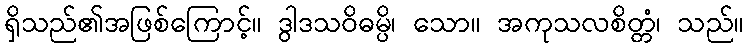
ရှိသည်၏အဖြစ်ကြောင့်။ ဒွါဒသဝိဓမ္ပိ၊ သော။ အကုသလစိတ္တံ၊ သည်။